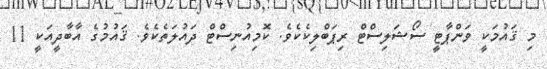
މި ޤައުމަކީ ވަންޕާޓީ ސޯޝަލިސްޓް ރިޕަބްލިކެކެވެ. ކޮމިއުނިސްޓް ދައުލަތެކެވެ. ޤައުމުގެ އާބާދީއަކީ 11